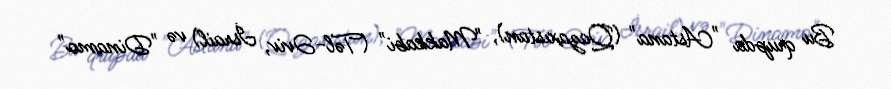
Bu qrupda "Astana" (Qazaxıstan), "Makkabi" (Təl-Əviv, İsrail) və "Dinamo"